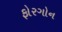
ફોરગોન